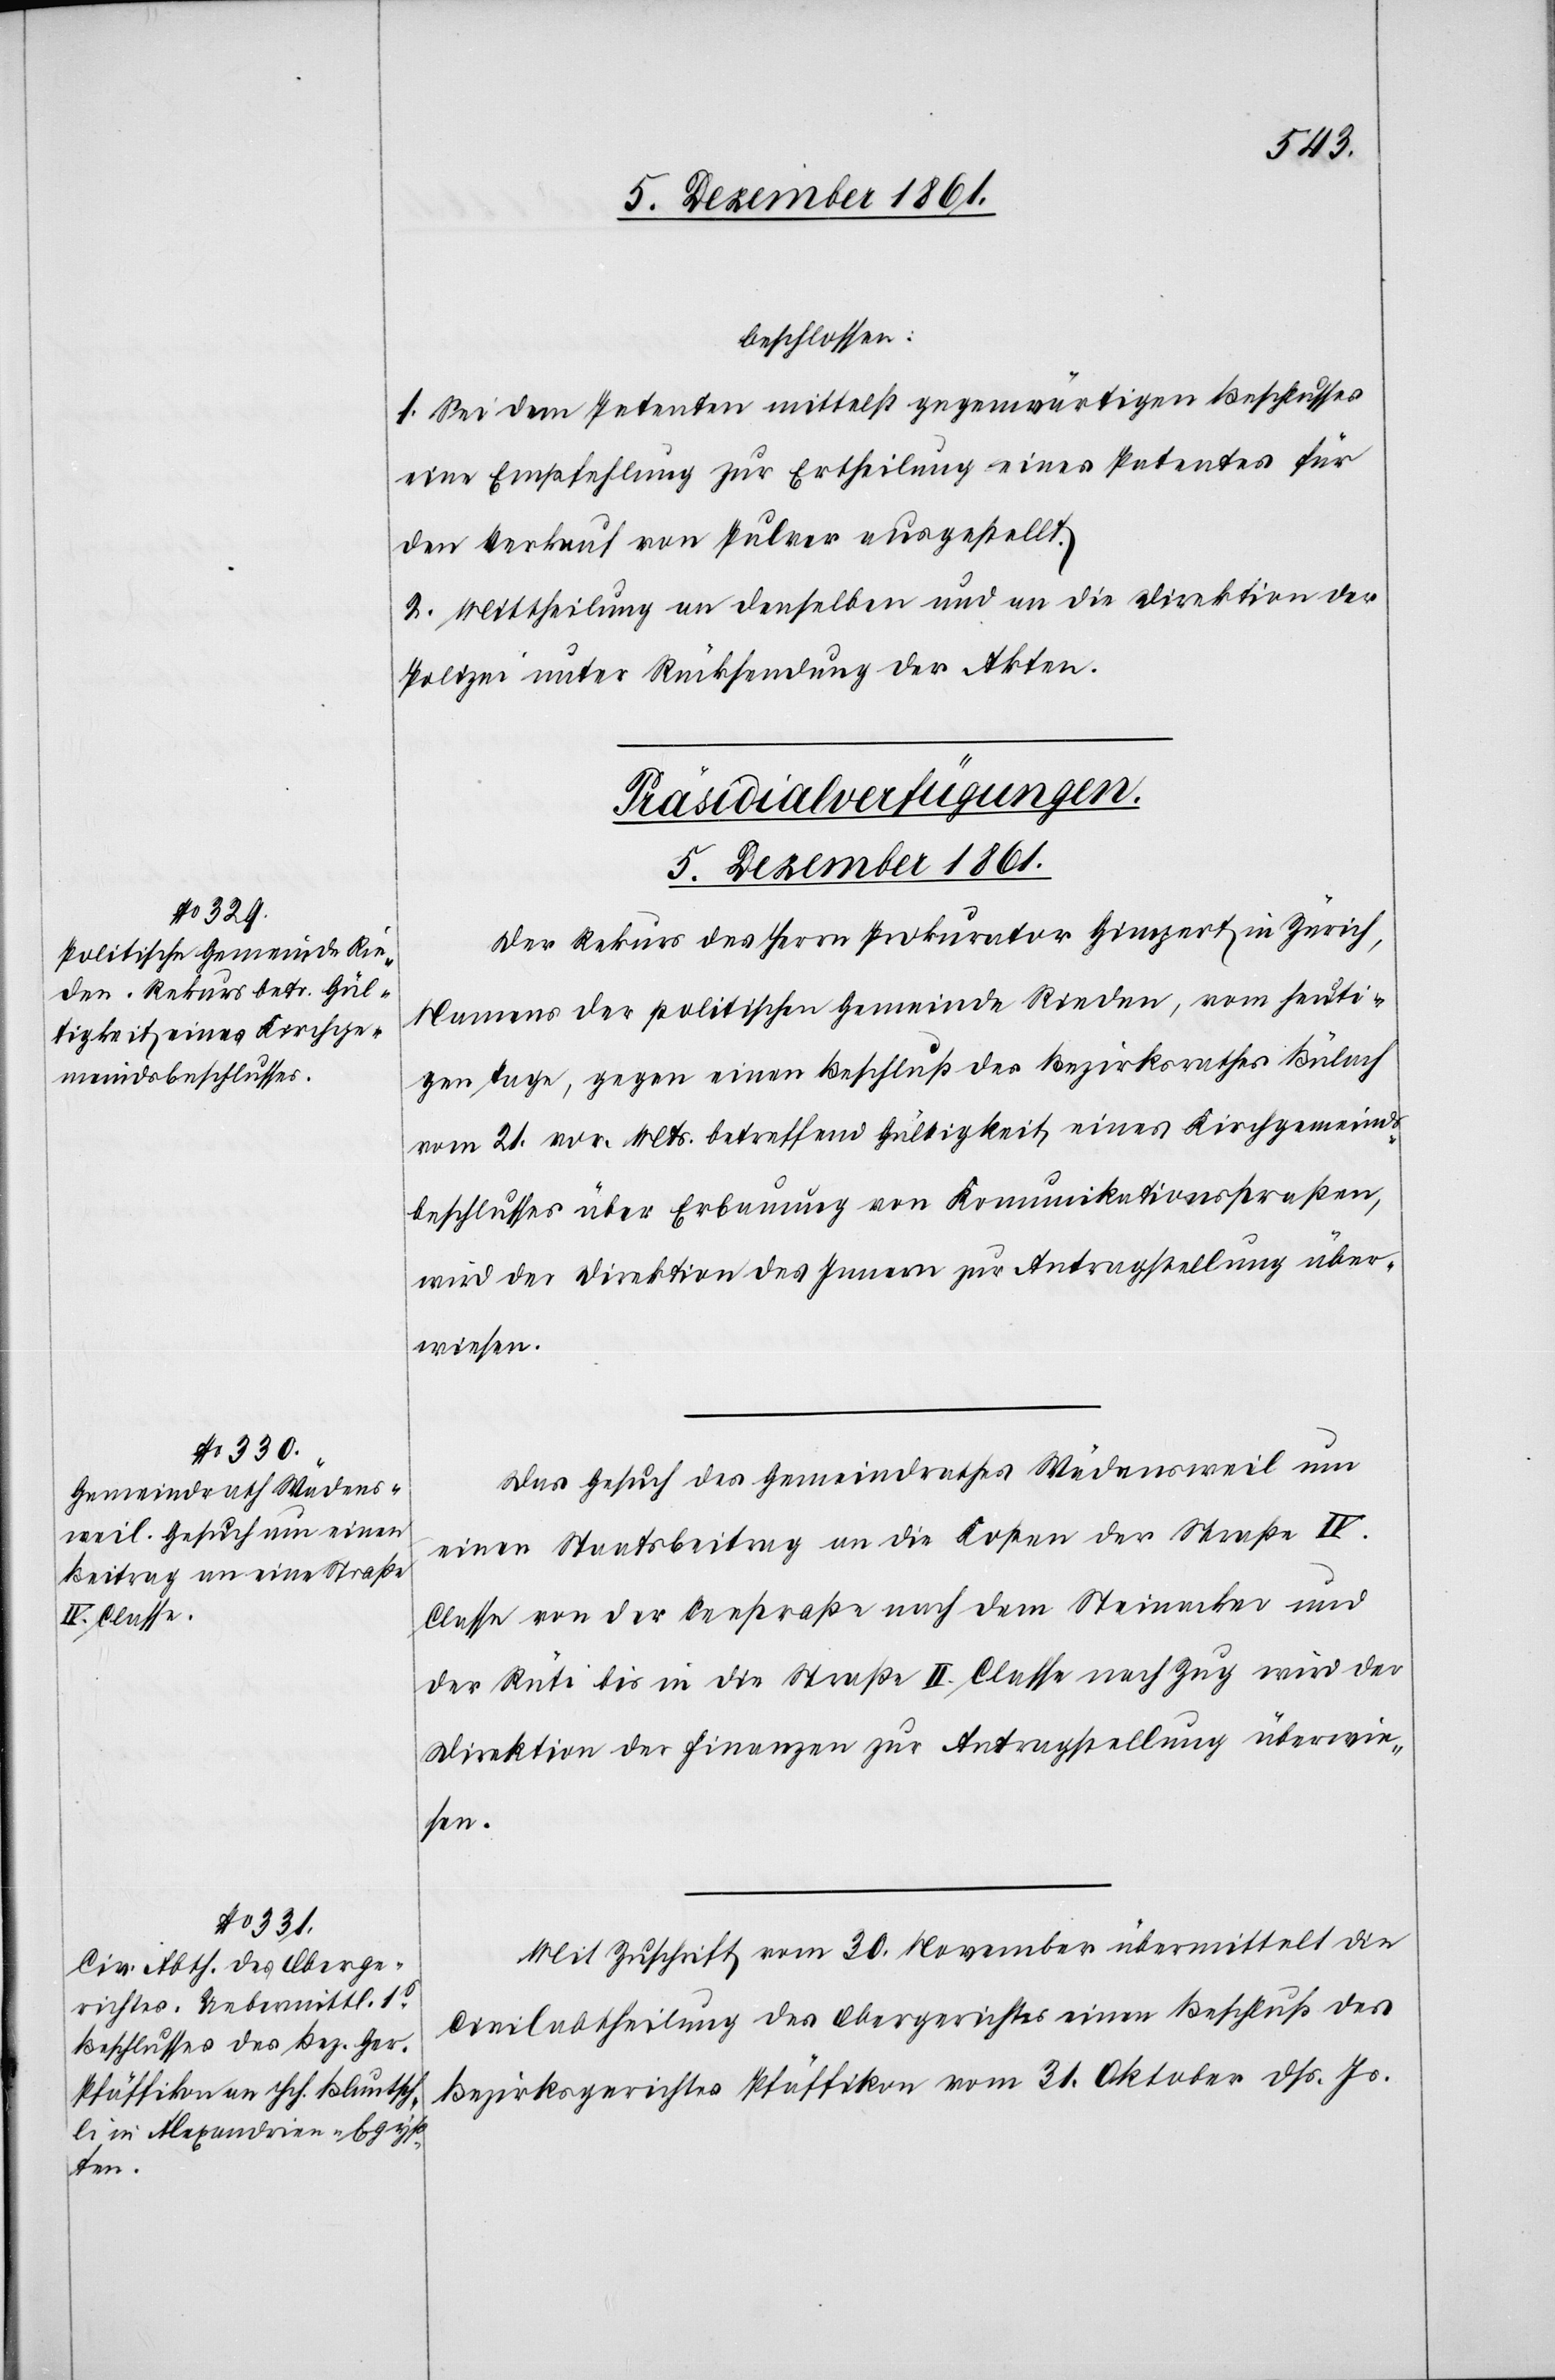
beschlossen:
1. Sei dem Petenten mittelst gegenwärtigen Beschlusses
eine Empfehlung zur Ertheilung eines Patentes für
den Verkauf von Pulver ausgestellt.
2. Mittheilung an denselben und an die Direktion der
Polizei unter Rücksendung der Akten.
[Präsidialverfügungen.
5 December 1861.]
Der Rekurs des Herrn Prokurator Gingert in Zürich,
Namens der politischen Gemeinde Rieden, vom heuti¬
gen Tage, gegen einen Beschluß des Bezirksrathes Bülach
vom 21 vor. Mts. betreffend Gültigkeit eines Kirchgemeinds¬
beschlusses über Erbauung von Kommunikationsstraßen,
wird der Direktion des Innern zur Antragstellung über¬
wiesen.
Das Gesuch des Gemeindrathes Wädensweil um
einen Staatsbeitrag an die Kosten der Straße IV.
Classe von der Seestraße nach dem Steinacker und
der Rüti bis in die Straße II. Classe nach Zug wird der
Direktion der Finanzen zur Antragstellung überwie¬
sen.
Mit Zuschrift vom 30 November übermittelt die
Civilabtheilung des Obergerichtes einen Beschluß des
Bezirksgerichtes Pfäffikon vom 31 Oktober dß. Js.